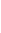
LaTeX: \! \! \! \! \! \! \! \! \! \! \! \Gamma\! \! \! \! \! \! \! \! \! \! \! \! ^{\! \! \! \! \! \! \! \! \! \! \! \! \pm}\! \! \! \! \! \! \! \! \! \! \! \! =\! \! \! \! \! \! \! \! \! \! \! \! \{ Z\! \! \! \! \! \! \! \! \! \! \! \! (\! \! \! \! \! \! \! \! \! \! \! \! \mathbf{x}\! \! \! \! \! \! \! \! \! \! \! \! )\! \! \! \! \! \! \! \! \! \! \! \! ,\! \! \! \! \! \! \! \! \! \! \! \! ,\! \! \! \! \! \! \! \! \! \! \! \! \! \! \! \! \! \! \! \! \! \! \! \! \mathbf{x}\! \! \! \! \! \! \! \! \! \! \! \! \in\! \! \! \! \! \! \! \! \! \! \! \! \! \! \! \! \! \! \! \! \! \! \! \! \partial\! \! \! \! \! \! \! \! \! \! \! \! B\! \! \! \! \! \! \! \! \! \! \! \! \cap\! \! \! \! \! \! \! \! \! \! \! \! \Sigma\! \! \! \! \! \! \! \! \! \! \! \! ^{\! \! \! \! \! \! \! \! \! \! \! \! \pm}\! \! \! \! \! \! \! \! \! \! \! \! \} \! \! \! \! \! \! \! \! \! \! \! \! .\! \! \! \! \! \! \! \! \! \! \!